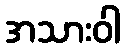
အသားဝါ